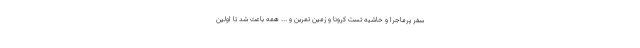
سفر پرماجرا و حاشیه تست کرونا و زمین تمرین و ... همه باعث شد تا اولین